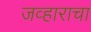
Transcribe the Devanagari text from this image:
जव्हाराचा